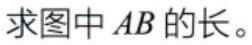
求图中 \(AB\) 的长。